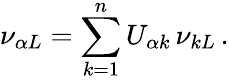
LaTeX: \nu_{{\alpha}L}=\sum_{k=1}^{n}U_{{\alpha}k}\, \nu_{kL}\, .